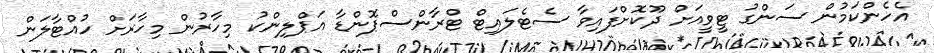
އެހެންކަމުން ސަންގު ޓީވީއަށް ދޫކޮށްފައިވާ ސެޓެލައިޓް ޓްރާންސްޕޮންޑާ އަޕްލިންކު މިހާރުން މިހާރަށް ހުއްޓާލަން